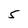
Character: 5